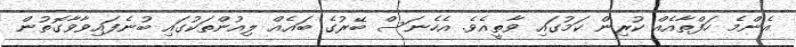
އެންމެ ހަފްތާއެއް ކުރިން ކަމުގައި ވާތީއެވެ. އެހެނަސް ބޭރުގެ ބައެއް ލިއުންތަކުގައި ބުނެފައިވާވާގޮތުން